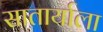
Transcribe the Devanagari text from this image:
सातार्याला